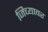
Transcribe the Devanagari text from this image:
जिच्यावर